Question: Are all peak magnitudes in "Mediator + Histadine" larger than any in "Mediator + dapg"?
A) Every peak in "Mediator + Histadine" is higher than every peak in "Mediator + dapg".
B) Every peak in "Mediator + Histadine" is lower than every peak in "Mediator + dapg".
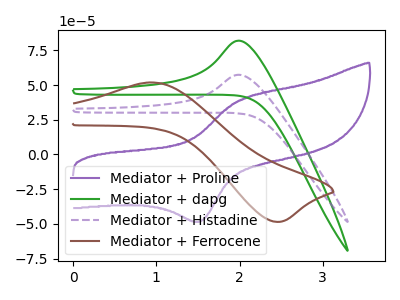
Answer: <think>The purple curve "Mediator + Proline" has an anodic peak at (2.00V, 38.90uA) and a cathodic peak at (1.55V, -48.05uA). The green curve "Mediator + dapg" has an anodic peak at: (2.00V, 81.90uA). The purple dashed curve "Mediator + Histadine" has an anodic peak at: (2.00V, 57.35uA). The brown curve "Mediator + Ferrocene" has an anodic peak at (0.90V, 51.85uA) and a cathodic peak at (2.45V, -48.50uA).</think>
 <answer>B) Every peak in "Mediator + Histadine" is lower than every peak in "Mediator + dapg".</answer>
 <eval>B</eval>